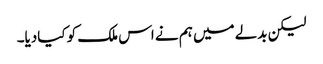
لیکن بدلے میں ہم نے اس ملک کو کیادیا۔